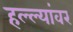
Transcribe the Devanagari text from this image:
हल्ल्यांवर